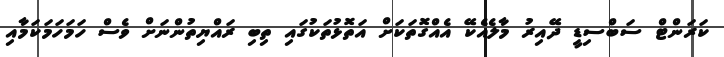
ކަރަންޓް ސަބްސިޑީ ދޭއިރު މާލެއެކޭ އެއްގޮތަކަށް އަތޮޅުތަކުގައި ތިބި ރައްޔިތުންނަށް ވެސް ހަމަހަމަކަމާއި